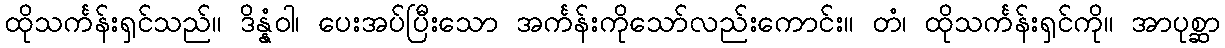
ထိုသင်္ကန်းရှင်သည်။ ဒိန္နံဝါ၊ ပေးအပ်ပြီးသော အင်္ကန်းကိုသော်လည်းကောင်း။ တံ၊ ထိုသင်္ကန်းရှင်ကို။ အာပုစ္ဆာ